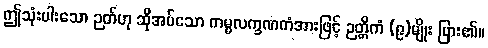
ဤသုံးပါးသော ဉတ်ဟု ဆိုအပ်သော ကမ္မလက္ခဏကံအားဖြင့် ဉတ္တိကံ (၉)မျိုး ပြား၏။